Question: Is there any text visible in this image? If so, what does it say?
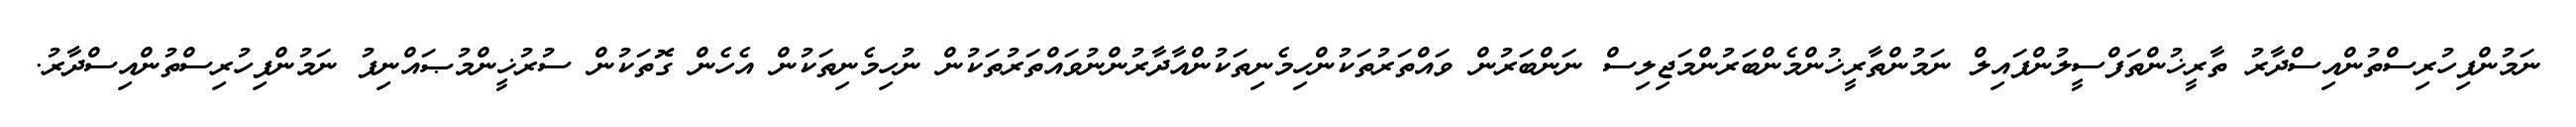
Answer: ނަމުންފިހުރިސްތުންއިސްދާރު ތާރީޚުންތަފްސީލުންފައިލް ނަމުންތާރީޚުންމެންބަރުންމަޖިލިސް ނަންބަރުން ވައްތަރުތަކުންހިމެނިތަކުންއާދާރުންނުވައްތަރުތަކުން ނުހިމެނިތަކުން އެހެން ގޮތަކުން ސުރުޚީންމުޞައްނިފު ނަމުންފިހުރިސްތުންއިސްދާރު.